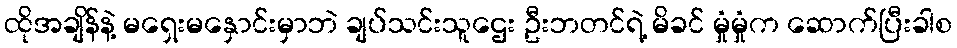
ထိုအချိန်နဲ့ မရှေးမနှောင်းမှာဘဲ ချပ်သင်းသူဌေး ဦးဘတင်ရဲ့ မိခင် မှုံမှုံက ဆောက်ပြီးခါစ